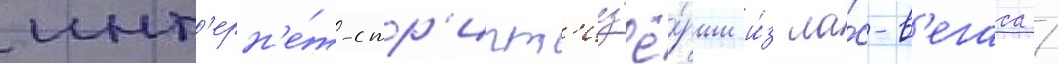
инт'ерн'е́т-стр'ипт'из'ё́рши и́з ла́с-в'егаса /